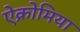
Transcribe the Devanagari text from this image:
ऐक्रोमिया